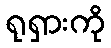
ရုရှားကို